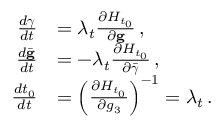
\begin{array} { r l } { \frac { d { \boldsymbol { \gamma } } } { d t } } & { = \lambda _ { t } \frac { \partial { \cal H } _ { t _ { 0 } } } { \partial { \bf g } } \, , } \\ { \frac { d \bar { \bf g } } { d t } } & { = - \lambda _ { t } \frac { \partial { \cal H } _ { t _ { 0 } } } { \partial \bar { \boldsymbol { \gamma } } } \, , } \\ { \frac { d t _ { 0 } } { d t } } & { = \left( \frac { \partial { \cal H } _ { t _ { 0 } } } { \partial g _ { 3 } } \right) ^ { - 1 } = \lambda _ { t } \, . } \end{array}